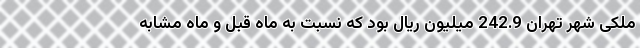
ملکی شهر تهران 242.9 میلیون ریال بود که نسبت به ماه قبل و ماه مشابه